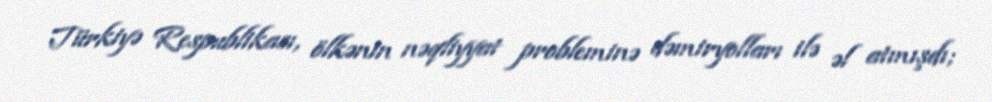
Türkiyə Respublikası, ölkənin nəqliyyat probleminə dəmiryolları ilə əl atmışdı;